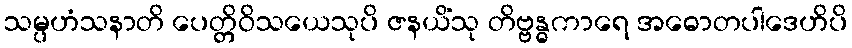
သမ္ပဟံသနာတိ ပေတ္တိဝိသယေသုပိ ဇနယိံသု တိဗ္ဗန္ဓကာရေ အဓောတပါဒေဟိပိ